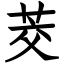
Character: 茭